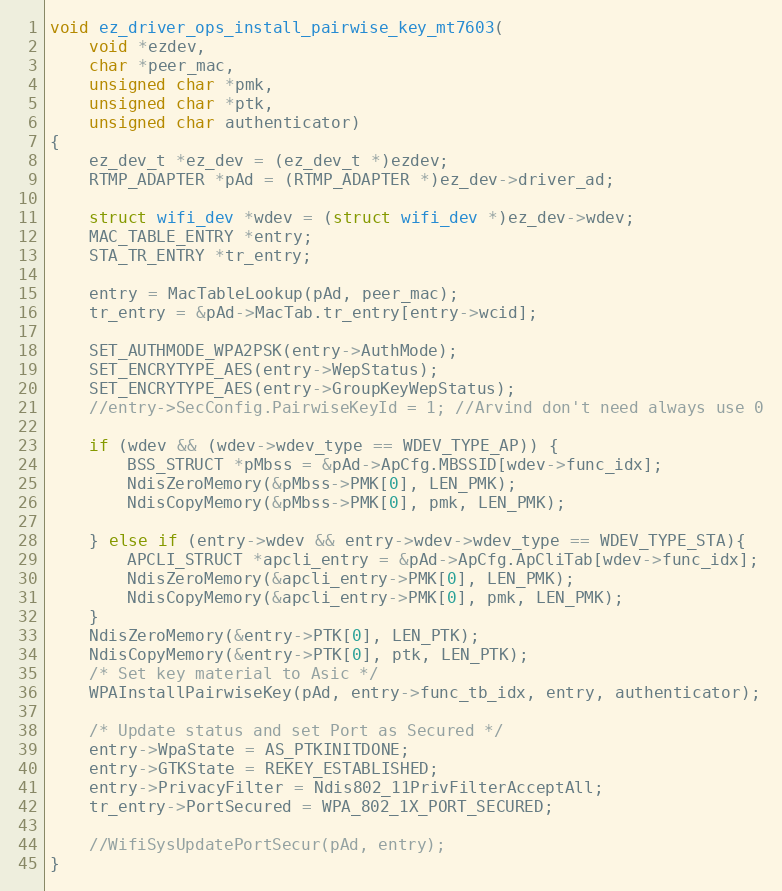
Language: C
void ez_driver_ops_install_pairwise_key_mt7603(
	void *ezdev,
	char *peer_mac,
	unsigned char *pmk,
	unsigned char *ptk,
	unsigned char authenticator)
{
	ez_dev_t *ez_dev = (ez_dev_t *)ezdev;
	RTMP_ADAPTER *pAd = (RTMP_ADAPTER *)ez_dev->driver_ad;

	struct wifi_dev *wdev = (struct wifi_dev *)ez_dev->wdev;
	MAC_TABLE_ENTRY *entry;
	STA_TR_ENTRY *tr_entry;

	entry = MacTableLookup(pAd, peer_mac);
	tr_entry = &pAd->MacTab.tr_entry[entry->wcid];

	SET_AUTHMODE_WPA2PSK(entry->AuthMode);
	SET_ENCRYTYPE_AES(entry->WepStatus);
	SET_ENCRYTYPE_AES(entry->GroupKeyWepStatus);
	//entry->SecConfig.PairwiseKeyId = 1; //Arvind don't need always use 0

	if (wdev && (wdev->wdev_type == WDEV_TYPE_AP)) {
		BSS_STRUCT *pMbss = &pAd->ApCfg.MBSSID[wdev->func_idx];
		NdisZeroMemory(&pMbss->PMK[0], LEN_PMK);
		NdisCopyMemory(&pMbss->PMK[0], pmk, LEN_PMK);

	} else if (entry->wdev && entry->wdev->wdev_type == WDEV_TYPE_STA){
		APCLI_STRUCT *apcli_entry = &pAd->ApCfg.ApCliTab[wdev->func_idx];
		NdisZeroMemory(&apcli_entry->PMK[0], LEN_PMK);
		NdisCopyMemory(&apcli_entry->PMK[0], pmk, LEN_PMK);
	}
	NdisZeroMemory(&entry->PTK[0], LEN_PTK);
	NdisCopyMemory(&entry->PTK[0], ptk, LEN_PTK);
	/* Set key material to Asic */
	WPAInstallPairwiseKey(pAd, entry->func_tb_idx, entry, authenticator);

	/* Update status and set Port as Secured */
	entry->WpaState = AS_PTKINITDONE;
	entry->GTKState = REKEY_ESTABLISHED;
	entry->PrivacyFilter = Ndis802_11PrivFilterAcceptAll;
	tr_entry->PortSecured = WPA_802_1X_PORT_SECURED;

	//WifiSysUpdatePortSecur(pAd, entry);
}